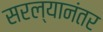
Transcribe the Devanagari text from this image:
सरल्यानंतर